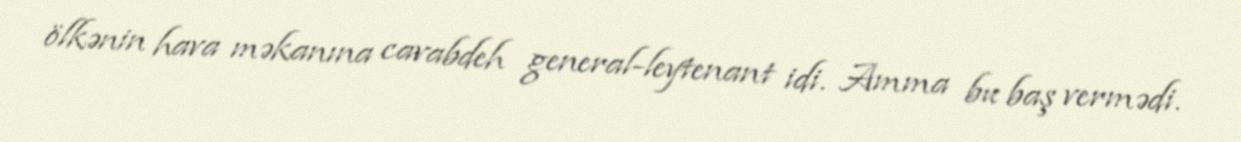
ölkənin hava məkanına cavabdeh general-leytenant idi. Amma bu baş vermədi.